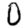
Digit: 0